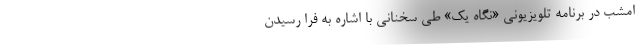
امشب در برنامه تلویزیونی «نگاه یک» طی سخنانی با اشاره به فرا رسیدن